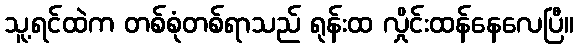
သူ့ရင်ထဲက တစ်စုံတစ်ရာသည် ရုန်းထ လှိုင်းထန်နေလေပြီ။